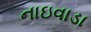
નાઇવાડા